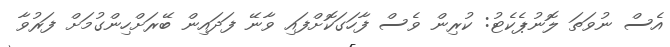
އެސް ނުވަތަ ލޮނުޕެކެޓު: ކުރިން ވެސް ފާހަގަކޮށްފައި ވާނޭ ފަދައިން ބޭރަށްހިންގުމަށް ފަރުވާ